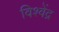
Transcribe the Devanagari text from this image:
विश्वेंद्र